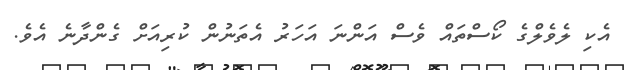
އެކި ލެވެލްގެ ކޯސްތައް ވެސް އަންނަ އަހަރު އެތަނުން ކުރިއަށް ގެންދާނެ އެވެ.